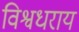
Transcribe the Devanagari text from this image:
विश्वधराय